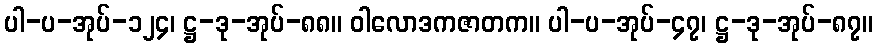
ပါ-ပ-အုပ်-၁၂၄၊ ဋ္ဌ-ဒု-အုပ်-၈၈။ ဝါလောဒကဇာတက။ ပါ-ပ-အုပ်-၄၇၊ ဋ္ဌ-ဒု-အုပ်-၈၇။